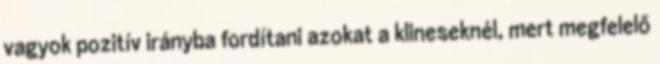
vagyok pozitív irányba fordítani azokat a klineseknél, mert megfelelő